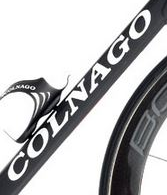
COLNAGO